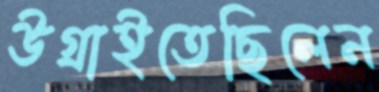
উগ্‌রাইতেছিলেন